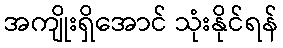
အကျိုးရှိအောင် သုံးနိုင်ရန်